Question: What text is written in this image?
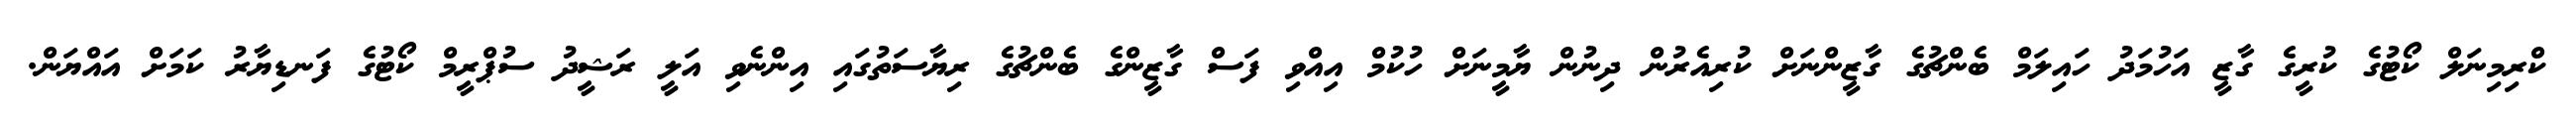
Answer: ކްރިމިނަލް ކޯޓުގެ ކުރީގެ ގާޒީ އަހުމަދު ހައިލަމް ބެންޗުގެ ގާޒީންނަށް ކުރިއެރުން ދިނުން ޔާމީނަށް ހުކުމް އިއްވި ފަސް ގާޒީންގެ ބެންޗުގެ ރިޔާސަތުގައި އިންނެވި އަލީ ރަޝީދު ސުޕްރީމް ކޯޓުގެ ފަނޑިޔާރު ކަމަށް އައްޔަން.